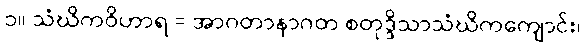
၁။ သံဃိကဝိဟာရ = အာဂတာနာဂတ စတုဒ္ဒိသာသံဃိကကျောင်း၊